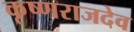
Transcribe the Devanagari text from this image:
कृष्णराजदेव